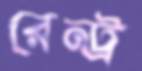
রেন্ট্র